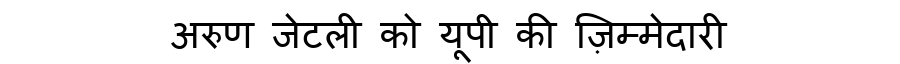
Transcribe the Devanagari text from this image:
अरुण जेटली को यूपी की ज़िम्मेदारी